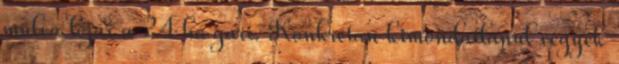
múlva lejár a 24 hó gari. Konkrétan kimondatlanul vegyek